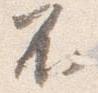
不